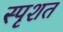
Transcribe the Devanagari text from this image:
स्पृशत